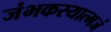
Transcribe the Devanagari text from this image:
जंभकस्यात्मजं